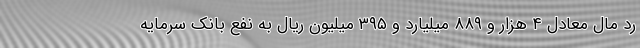
رد مال معادل ۴ هزار و ۸۸۹ میلیارد و ۳۹۵ میلیون ریال به نفع بانک سرمایه